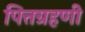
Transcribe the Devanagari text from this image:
पित्तग्रहणी